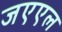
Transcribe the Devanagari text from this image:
जएएल